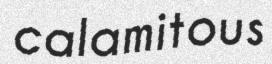
calamitous